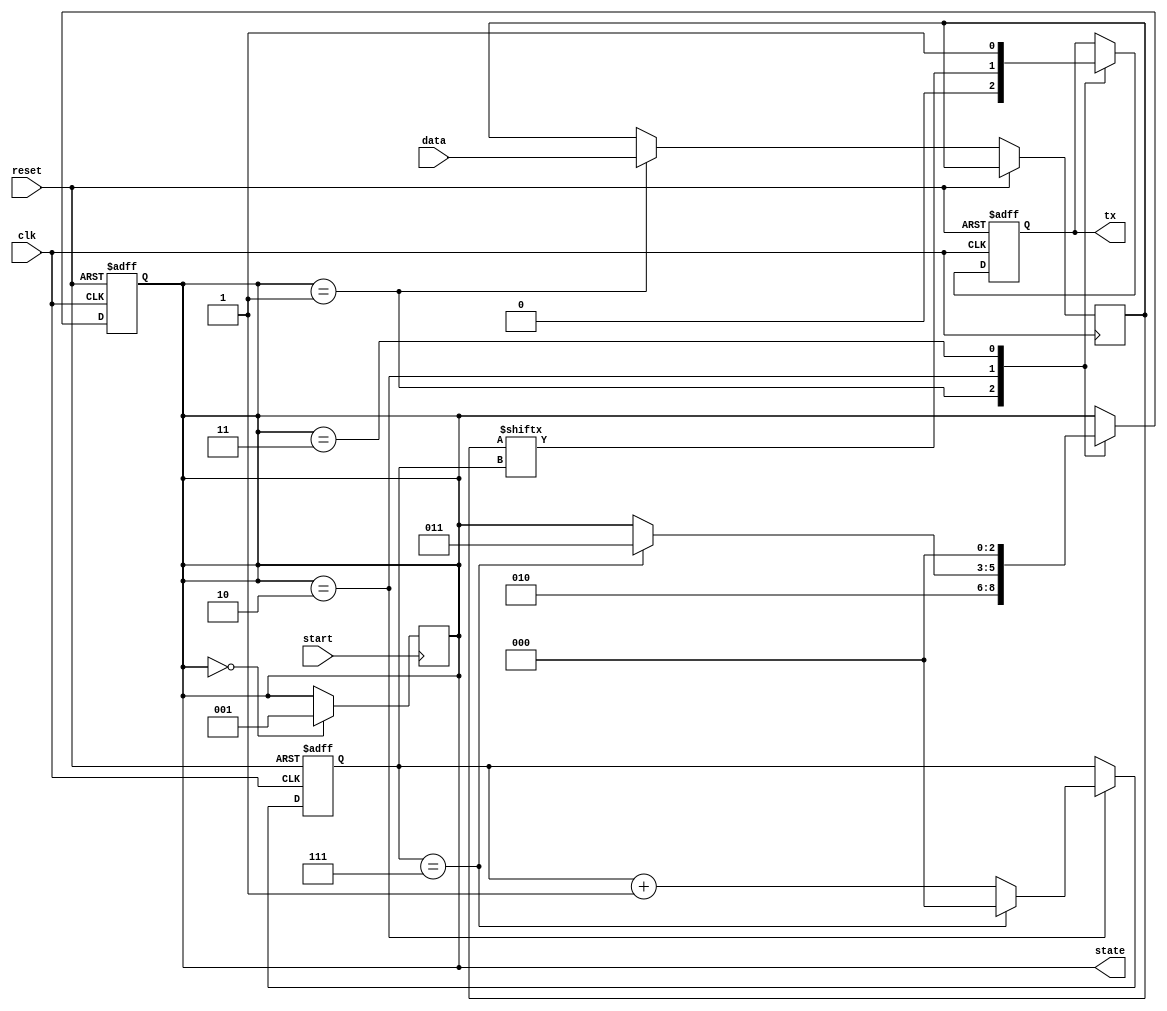
// Basic UART transmitter, 8 data bits, 1 stop bit, no parity

module UART_TX(
    input clk,
    input reset,
    input [7:0] data,
    input start,
    output reg tx,
    output reg [2:0] state
);

        reg [7:0] data_buffer;
        reg [2:0] bitcounter;

        always @ (posedge start) begin
            if (state == 0) begin
                state <= 1;
            end 
        end

        always @ (posedge clk or posedge reset) begin
            if (reset) begin
                bitcounter <= 0;
                tx <= 1;
                state <= 0;
            end else begin
                case (state)
                    1: begin
                        data_buffer <= data;
                        tx <= 0; // start bit
                        state <= 2; 
                    end
                    2: begin
                        tx <= data_buffer[bitcounter];
                        bitcounter <= bitcounter + 1;
                        if (bitcounter == 7) begin
                            bitcounter <= 0;
                            state <= 3;
                        end
                    end
                    3: begin
                        tx <= 1; // stop bit
                        state <= 0;
                    end
                endcase
            end
        end



endmodule